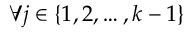
\forall j \in \{ 1 , 2 , \ldots , k - 1 \}